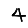
Digit: 4